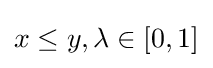
x\leq y,\lambda \in [0,1]